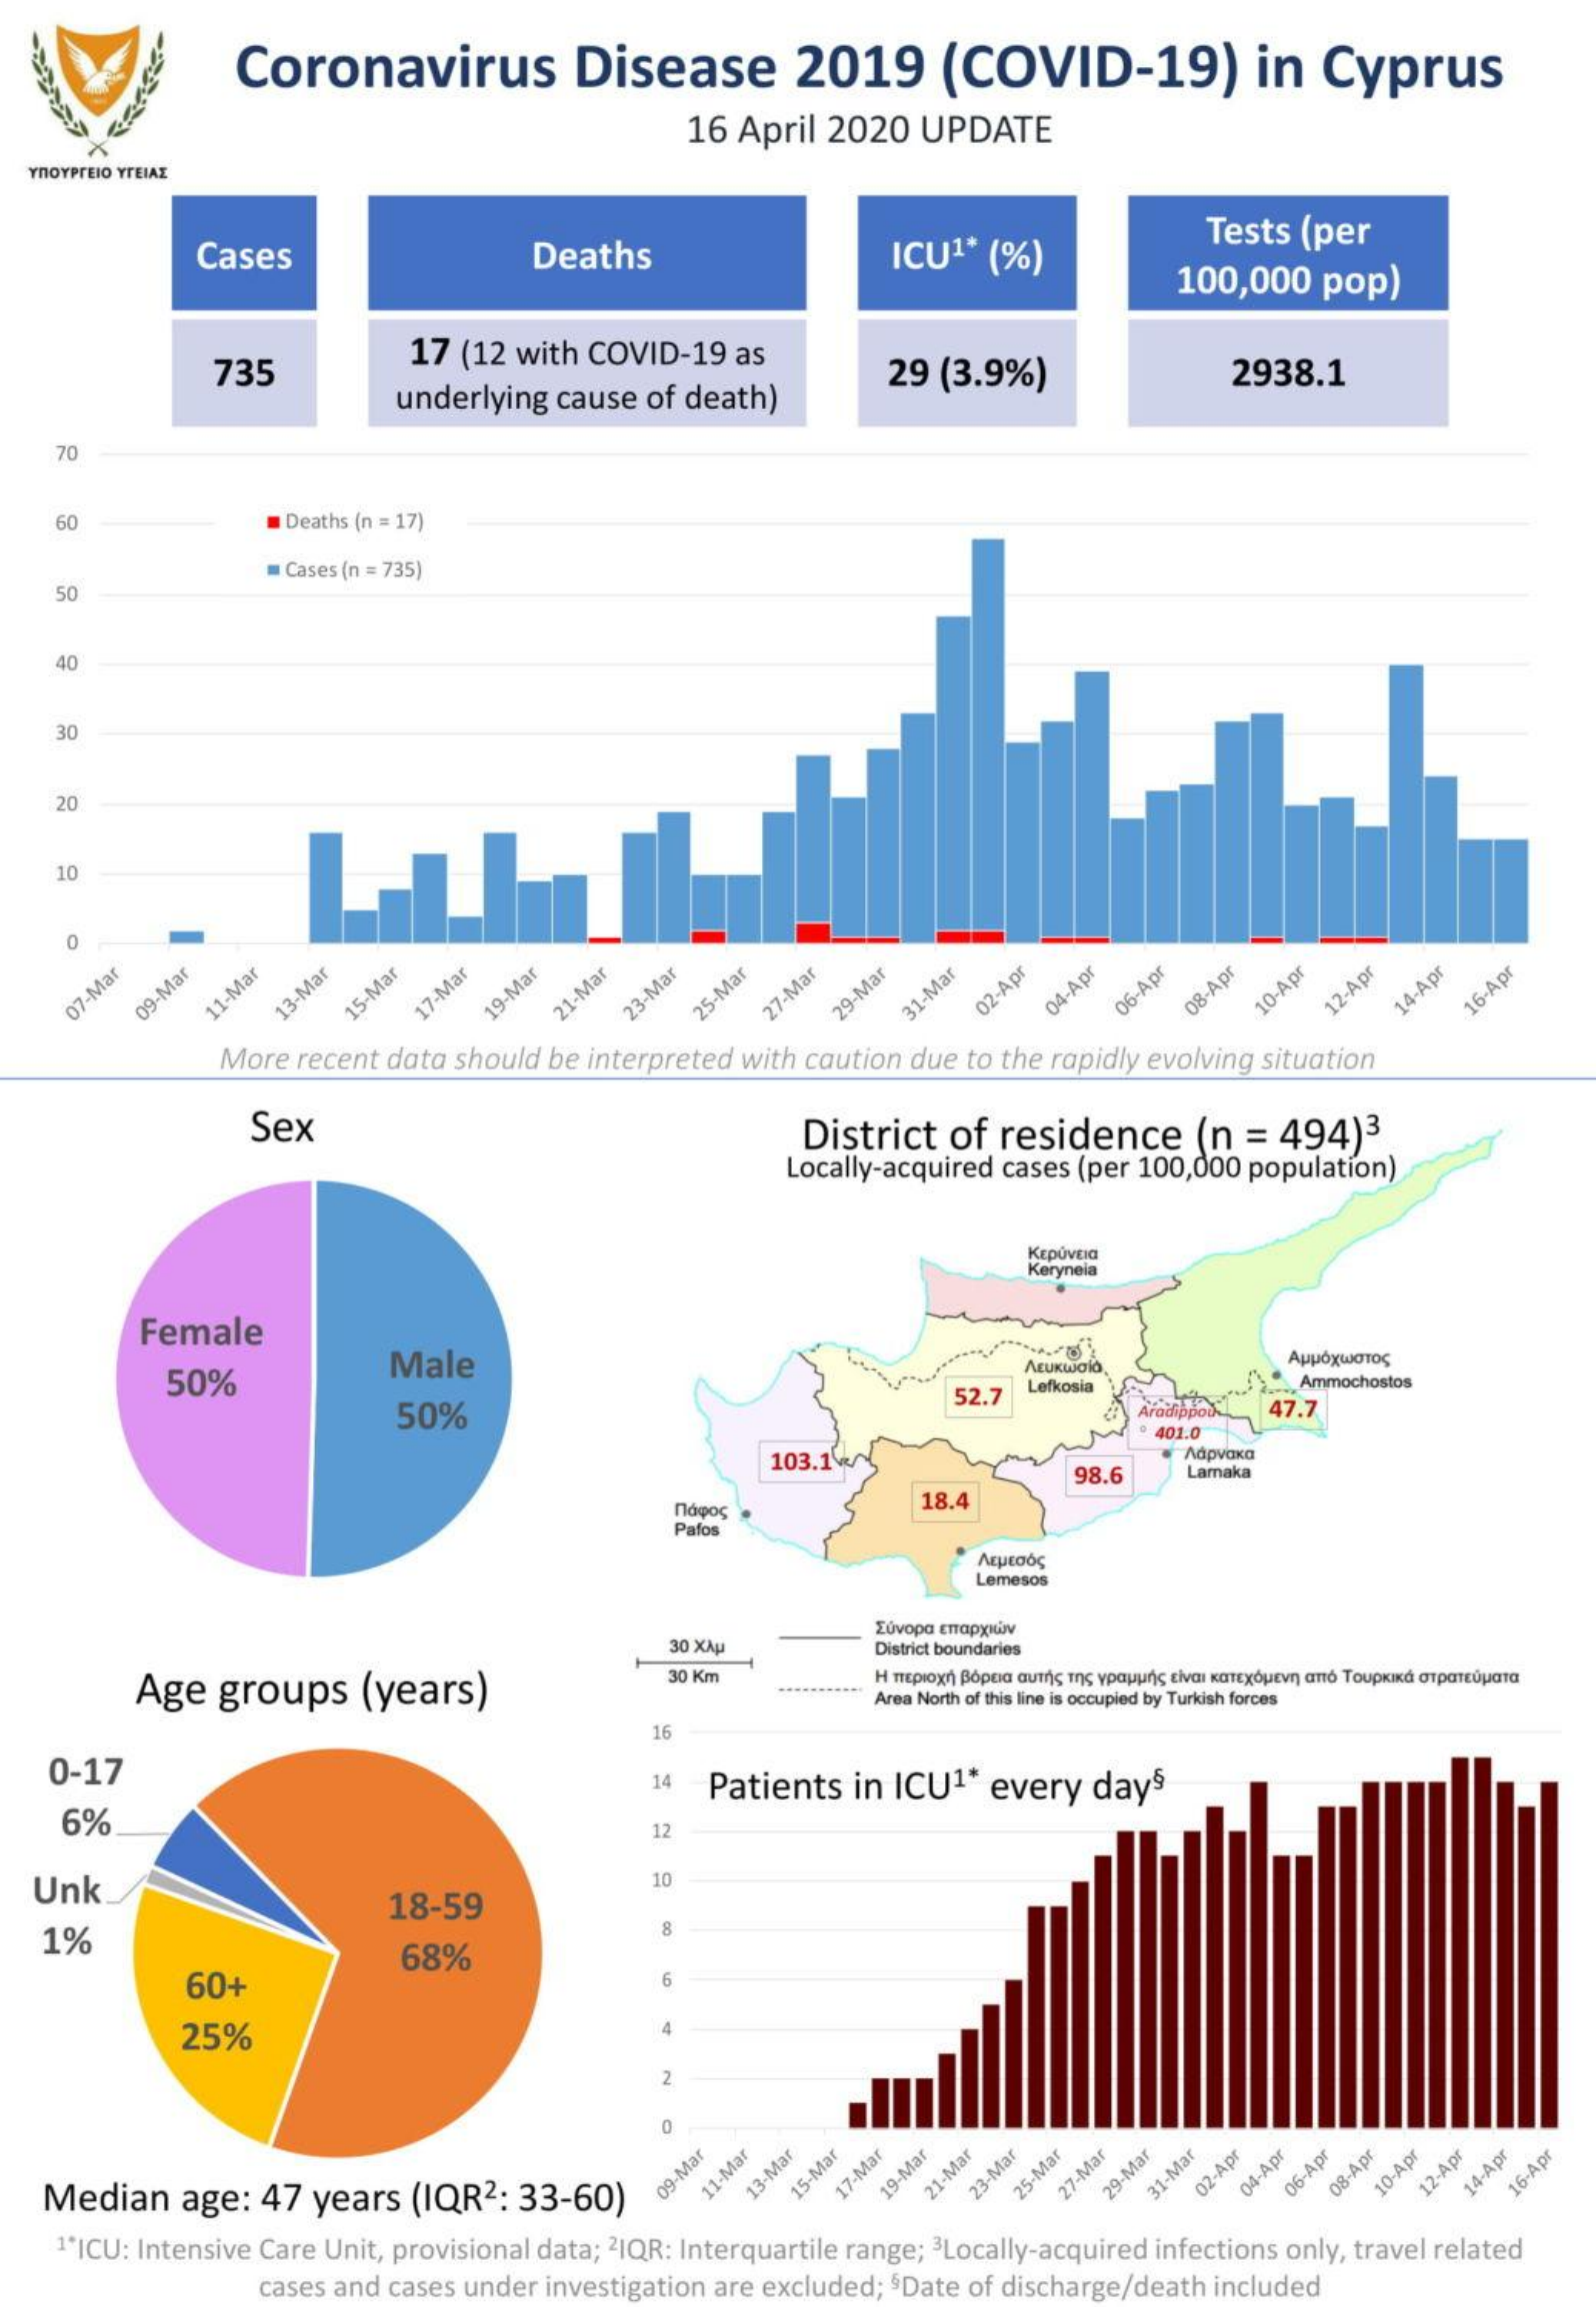
Coronavirus    Disease    2019    (COVID-19)    in    Cyprus
     16  April   2020    UPDATE
   YHOYPrEIO YTEIAZ
     Cases    Deaths    ICU1*   (%)
     Tests   (per
     100,000    pop)
     735    17  (12 with  COVID-19    as
     underlying    cause   of death)
     29  (3.9%)    2938.1
     70
     60    Deaths (n = 17)
     - Cases (n = 735)
     50
     40
     30
     20
     10
     07-Mar 09-Mar 11-Mar 13-Mar 15-Mar 17-Mar 19-Mar 21-Mar 23-Mar 25-Mar 27-Mar 29-Mar 31-Mar 02-Apr 04-Apr 06-Apr 08-Apr 10-Apr 12-Apr 14-Apr 16-Apr
     More   recent data  should  be  interpreted  with caution   due to the  rapidly evolving  situation
     Sex    District    of  residence    (n  =  494)3
     Locally-acquired  cases  (per 100,000   population)
     KEPUVEIG
     Kerynela
     Female
     50%    Male
     50%
     52.7   Lefkosia    ,Ammochostos
     Aradippod-  47.7
     401.0
     103.1W/    Adpvaxa
     98.6    Lamaka
     nopo    18.4
     Pafos
     Lemesos
     30 XXu
     Lúvopa Enapyouv
     District boundaries
     Age    groups    (years)
     30 Km    H TEpoxn Bopara auths Tnc ypauuns cival KOTEXQUEVn aTo TOUpKIK OTPaTEUata
     Area North of this line is occupied by Turkish forces
     16
    0-17    14  Patients    in  ICU1*   every    day5
     6%    12
   Unk    18-59
     10
    1%
     8
     60+
     68%
     25%
     2
    Median    age:  47   years   (IQR2:    33-60)
     09-Mar 11-Mar 13-Mar 15-Mar 17-Mar 19-Mar 21-Mar 23-Mar 25-Mar 27-Mar 29-Mar 31-Mar 02-Apr 04-Apr 06-Apr 08-Apr 10-Apr 12-Apr 14-Apr 16-Apr
     1*ICU: Intensive Care  Unit, provisional data; 2IQR: Interquartile  range; 3Locally-acquired  infections  only, travel related
     cases  and cases  under  investigation  are excluded;  $Date of discharge/death    included